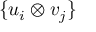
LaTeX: \{ u _ { i } \otimes v _ { j } \}